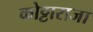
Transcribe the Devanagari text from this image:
कोट्टाराजा